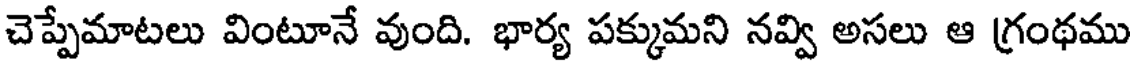
చెప్పేమాటలు వింటూనే వుంది. భార్య పక్కుమని నవ్వి అసలు ఆ గ్రంథము